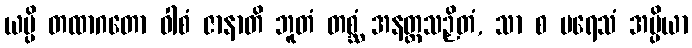
ယမ္ပိ တထာဂတော ဝါစံ ဇာနာတိ ဘူတံ တစ္ဆံ အနတ္ထသဉှိတံ, သာ စ ပရေသံ အပ္ပိယာ